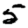
Digit: 5